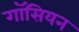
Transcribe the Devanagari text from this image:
गॉसियन